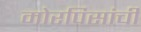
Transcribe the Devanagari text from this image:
मोरपिसांची